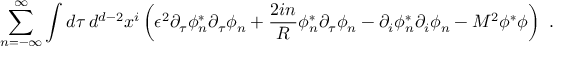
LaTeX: \sum _ { n = - \infty } ^ { \infty } \int d \tau \, d ^ { d - 2 } x ^ { i } \left( \epsilon ^ { 2 } \partial _ { \tau } \phi _ { n } ^ { * } \partial _ { \tau } \phi _ { n } ^ { \vphantom x } + \frac { 2 i n } { R } \phi _ { n } ^ { * } \partial _ { \tau } \phi _ { n } ^ { \vphantom x } - \partial _ { i } \phi _ { n } ^ { * } \partial _ { i } \phi _ { n } ^ { \vphantom x } - M ^ { 2 } \phi ^ { * } \phi \right) \ .